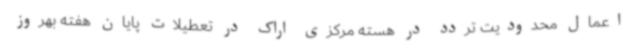
اعمال محدودیت تردد در هسته مرکزی اراک در تعطیلات پایان هفته بهروز